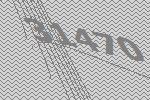
31470